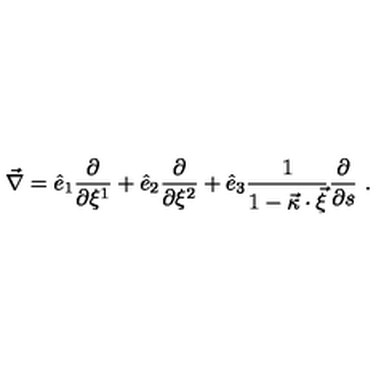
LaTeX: \vec { \nabla } = \hat { e } _ { 1 } \frac { \partial } { \partial \xi ^ { 1 } } + \hat { e } _ { 2 } \frac { \partial } { \partial \xi ^ { 2 } } + \hat { e } _ { 3 } \frac { 1 } { 1 - \vec { \kappa } \cdot \vec { \xi } } \frac { \partial } { \partial s } \ .